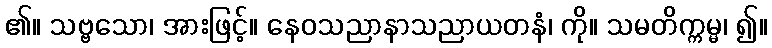
၏။ သဗ္ဗသော၊ အားဖြင့်။ နေဝသညာနာသညာယတနံ၊ ကို။ သမတိက္ကမ္မ၊ ၍။